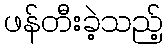
ဖန်တီးခဲ့သည့်